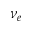
\nu _ { e }